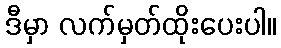
ဒီမှာ လက်မှတ်ထိုးပေးပါ။